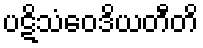
ပဋိသံဝေဒိယတီတိ